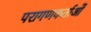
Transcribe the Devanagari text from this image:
परागणकर्ताओं